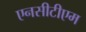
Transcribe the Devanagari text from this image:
एनसीटीएम